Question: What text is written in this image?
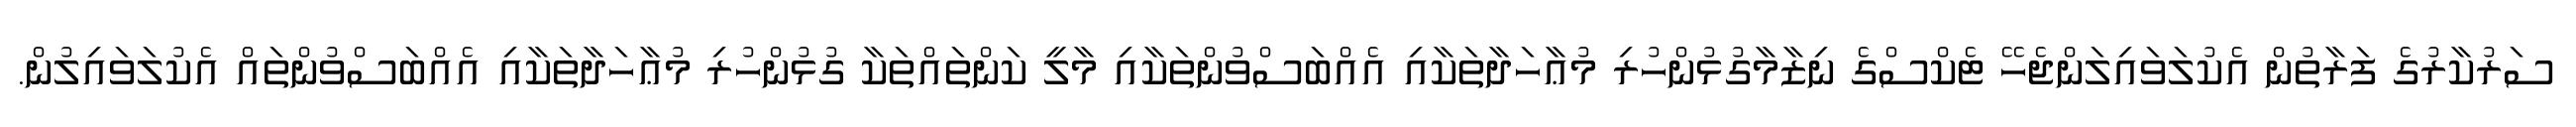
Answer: ސަރުކާރުގެ ފަރާތުން އެކުލަވައިލަންޖެހޭ ޓެކްސްގެ ނިޒާމާގުޅުންހުރި މުޢާހަދާތަކާއި އެއްބަސްވުންތަކާއި މާލީ ކަންތައްތަކާ ގުޅުންހުރި މުޢާހަދާތަކާއި އެއްބަސްވުންތައް އެކުލަވައިލުން.